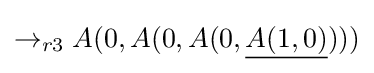
\rightarrow _{r3}A(0,A(0,A(0,{\underline {A(1,0)}})))